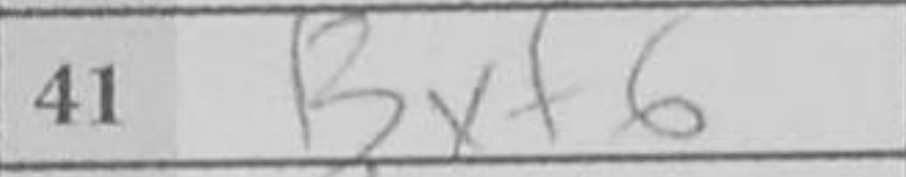
Transcription: Bxf6